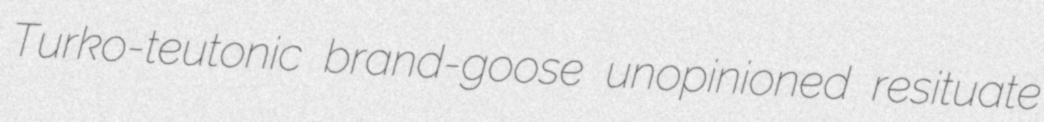
Turko-teutonic brand-goose unopinioned resituate